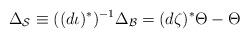
LaTeX: \begin{align*}\Delta_{\mathcal{S}}\equiv((d\iota)^\ast)^{-1}\Delta_{\mathcal{B}}=(d\zeta)^\ast\Theta-\Theta\end{align*}